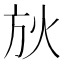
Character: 𣃛